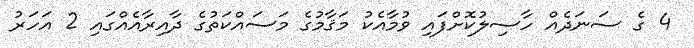
4 ގެ ސަނަދެއް ހާސިލުކޮށްފައި ވުމާއެކު މަޤާމުގެ މަސައްކަތުގެ ދާއިރާއެއްގައި 2 އަހަރު